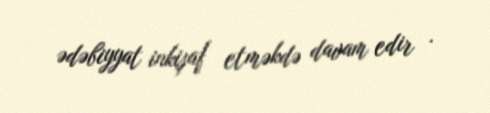
ədəbiyyat inkişaf etməkdə davam edir .